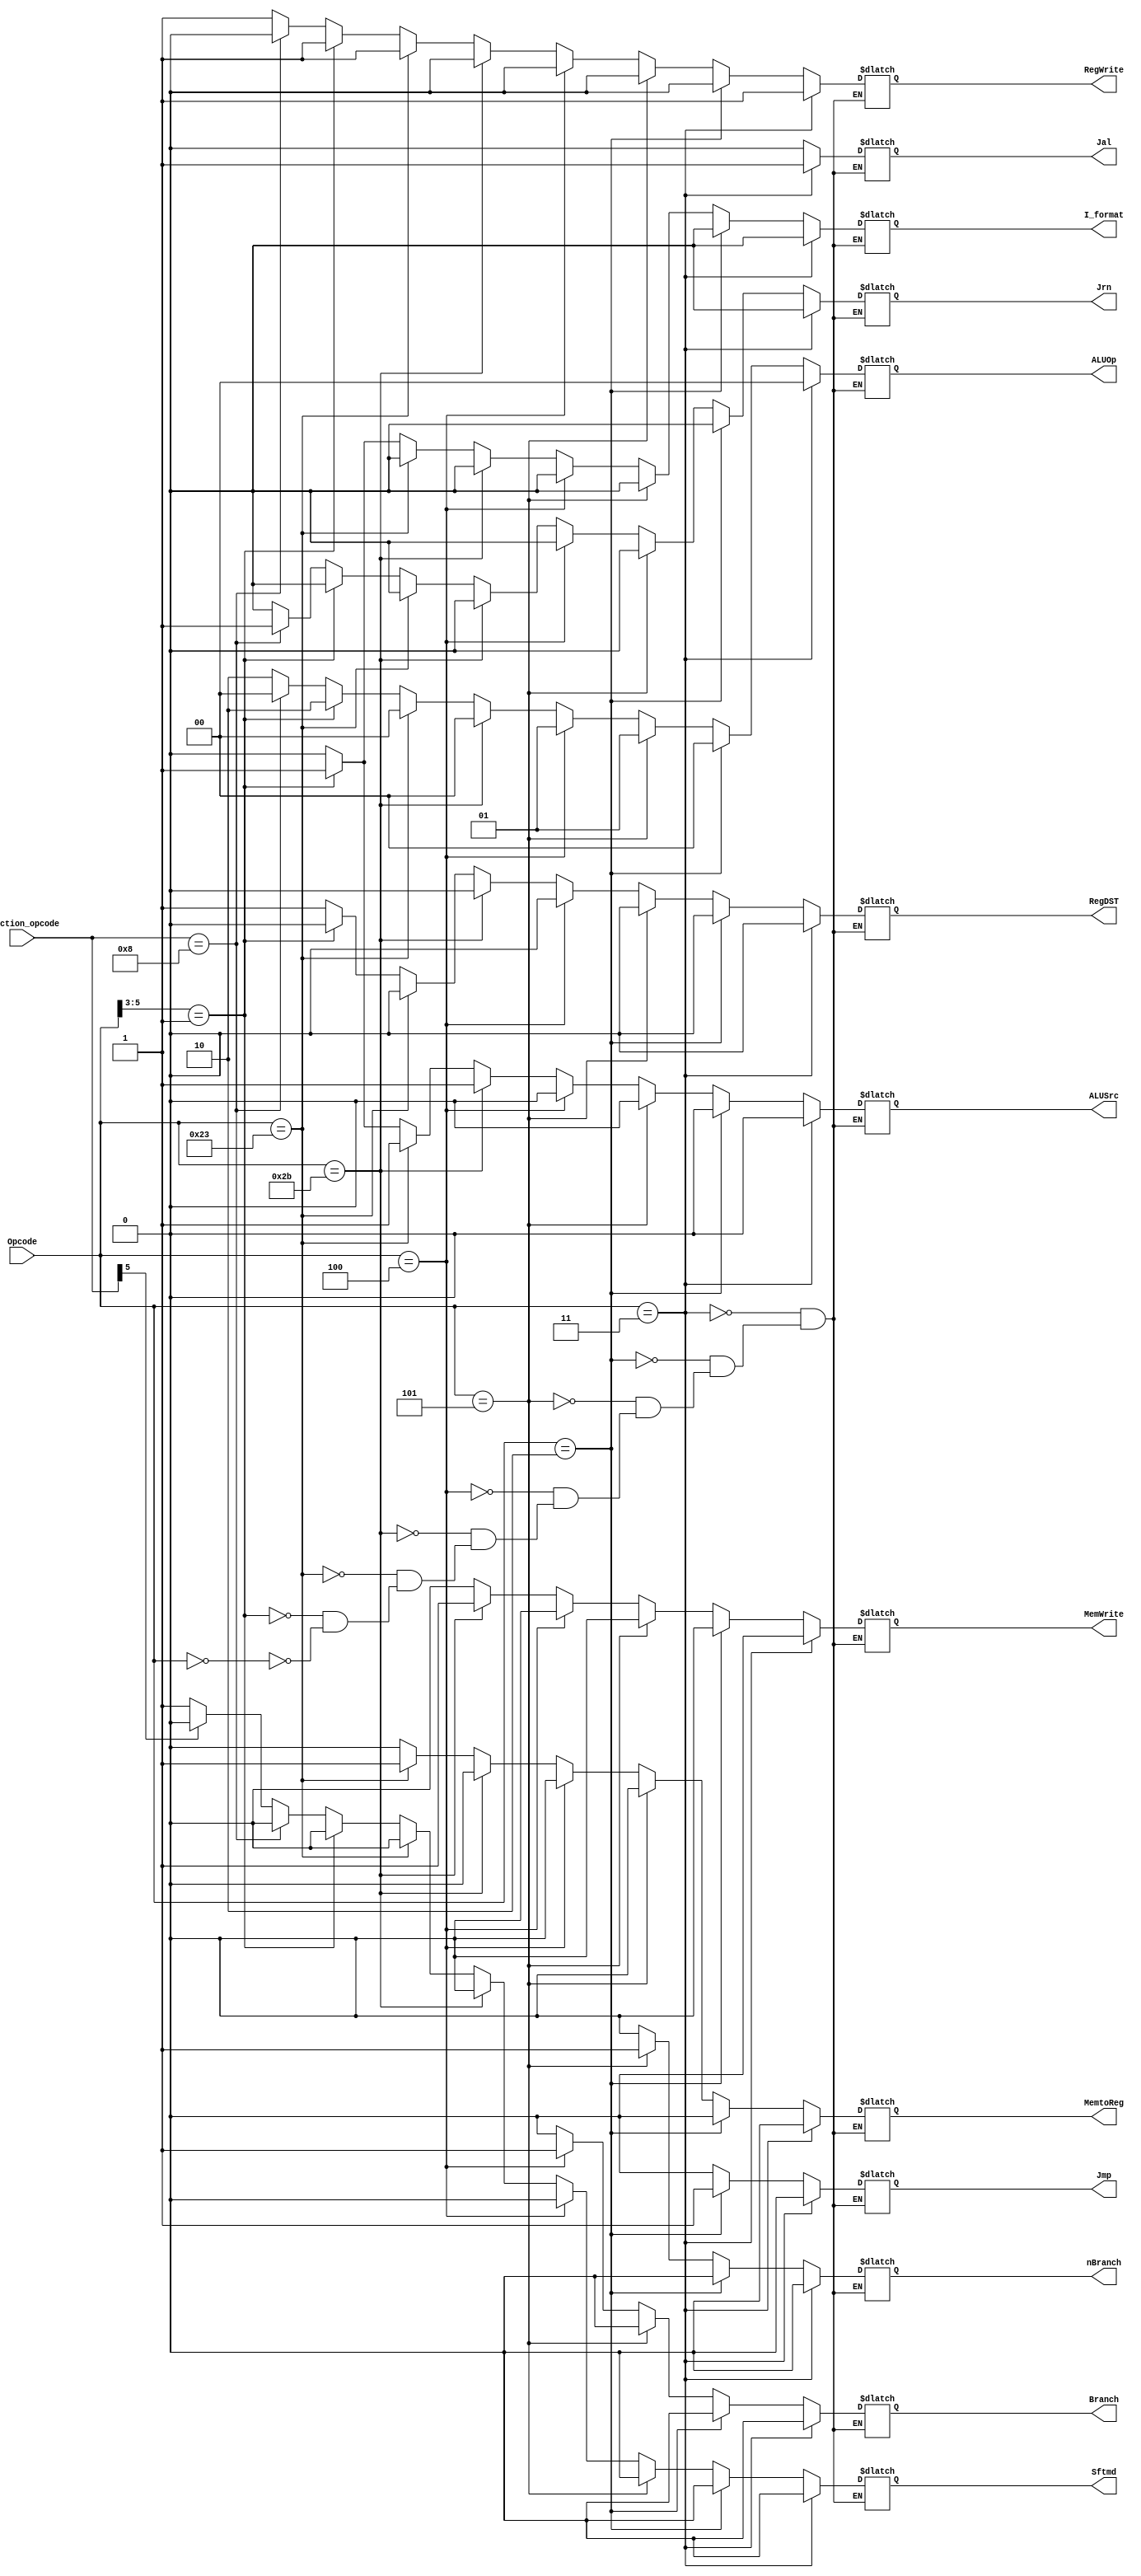
`timescale 1ns / 1ps
//////////////////////////////////////////////////////////////////////////////////
// Company: 
// Engineer: 
// 
// Design Name: 
// Module Name: control32
// Project Name: 
// Target Devices: 
// Tool Versions: 
// Description: 
// 
// Dependencies: 
// 
// Revision:
// Revision 0.01 - File Created
// Additional Comments:
// 
//////////////////////////////////////////////////////////////////////////////////


module control32(
    Opcode,
    Function_opcode,
    Jrn,
    RegDST,
    ALUSrc,
    MemtoReg,
    RegWrite,
    MemWrite,
    Branch,
    nBranch,
    Jmp,
    Jal,
    I_format,
    Sftmd,
    ALUOp
   // clock
    );
    input[5:0] Opcode;
    input[5:0] Function_opcode;
   // input clock;
    output Jrn;
    output RegDST;
    output MemtoReg;
    output ALUSrc;
    output RegWrite;
    output MemWrite;
    output Branch;
    output nBranch;
    output Jmp;
    output Jal;
    output I_format;
    output Sftmd;
    output[1:0] ALUOp;
    
        reg Jrn;
        reg RegDST;
        reg MemtoReg;
        reg ALUSrc;
        reg RegWrite;
        reg MemWrite;
        reg Branch;
        reg nBranch;
        reg Jmp;
        reg Jal;
        reg I_format;
        reg Sftmd;
        reg[1:0] ALUOp;
    
    wire R_format;
    wire Lw;
    wire Sw;
    
    always @(Opcode or Function_opcode)
    begin
    if(Opcode==6'b000000)
        begin
        if( Function_opcode==6'b001000)  //jr
            begin
            Jrn = 1;
            RegDST = 1;
            ALUSrc = 0;
            MemtoReg = 0;
            RegWrite = 0;
            MemWrite = 0;
            Branch = 0;
            nBranch = 0;
            Jmp = 0;
            Jal = 0;
            I_format = 0;
            Sftmd = 0;
            ALUOp[1:0] = 2'b00;
            end
         else   //R-
                    begin
                    Jrn = 0;
                    RegDST = 1;
                    ALUSrc = 0;
                    MemtoReg = 0;
                    RegWrite = 1;
                    MemWrite = 0;
                    Branch = 0;
                    nBranch = 0;
                    Jmp = 0;
                    Jal = 0;
                    I_format = 0;
                    if(Function_opcode[5]==0)
                    Sftmd = 1;
                    else Sftmd = 0;                    
                    ALUOp[1:0] = 2'b10;
                    end     
        end
        if(Opcode[5:3]==3'b001) //I
                    begin
                    Jrn = 0;
                    RegDST = 0;
                    ALUSrc = 1;
                    MemtoReg = 0;
                    RegWrite = 1;
                    MemWrite = 0;
                    Branch = 0;
                    nBranch = 0;
                    Jmp = 0;
                    Jal = 0;
                    I_format = 1;
                    Sftmd = 0;
                    ALUOp[1:0] = 2'b10;
                    end
         if(Opcode==6'b100011) //lw
                                        begin
                                        Jrn = 0;
                                        RegDST = 0;
                                        ALUSrc = 1;
                                        MemtoReg = 1;
                                        RegWrite = 1;
                                        MemWrite = 0;
                                        Branch = 0;
                                        nBranch = 0;
                                        Jmp = 0;
                                        Jal = 0;
                                        I_format = 0;
                                        Sftmd = 0;
                                        ALUOp[1:0] = 2'b00;
                                        end
        if(Opcode==6'b101011) //sw
                                                                                begin
                                                                                Jrn = 0;
                                                                                RegDST = 0;
                                                                                ALUSrc = 1;
                                                                                MemtoReg = 0;
                                                                                RegWrite = 0;
                                                                                MemWrite = 1;
                                                                                Branch = 0;
                                                                                nBranch = 0;
                                                                                Jmp = 0;
                                                                                Jal = 0;
                                                                                I_format = 0;
                                                                                Sftmd = 0;
                                                                                ALUOp[1:0] = 2'b00;
                                                                                end  
         if(Opcode==6'b000100) //beq
                            begin
                            Jrn = 0;
                            RegDST = 0;
                            ALUSrc = 0;
                            MemtoReg = 0;
                            RegWrite = 0;
                            MemWrite = 0;
                            Branch = 1;
                            nBranch = 0;
                            Jmp = 0;
                            Jal = 0;
                            I_format = 0;
                            Sftmd = 0;
                            ALUOp[1:0] = 2'b01;
                            end  
        if(Opcode==6'b000101) //bne
                                                       begin
                                                       Jrn = 0;
                                                       RegDST = 0;
                                                       ALUSrc = 0;
                                                       MemtoReg = 0;
                                                       RegWrite = 0;
                                                       MemWrite = 0;
                                                       Branch = 0;
                                                       nBranch = 1;
                                                       Jmp = 0;
                                                       Jal = 0;
                                                       I_format = 0;
                                                       Sftmd = 0;
                                                       ALUOp[1:0] = 2'b01;
                                                       end   
        if(Opcode==6'b000010) //j
                                                                                   begin
                                                                                   Jrn = 0;
                                                                                   RegDST = 0;
                                                                                   ALUSrc = 0;
                                                                                   MemtoReg = 0;
                                                                                   RegWrite = 0;
                                                                                   MemWrite = 0;
                                                                                   Branch = 0;
                                                                                   nBranch = 0;
                                                                                   Jmp = 1;
                                                                                   Jal = 0;
                                                                                   I_format = 0;
                                                                                   Sftmd = 0;
                                                                                   ALUOp[1:0] = 2'b00;
                                                                                   end       
    if(Opcode==6'b000011) //jal
                            begin
                            Jrn = 0;
                            RegDST = 0;
                            ALUSrc = 0;
                            MemtoReg = 0;
                            RegWrite = 1;
                            MemWrite = 0;
                            Branch = 0;
                            nBranch = 0;
                            Jmp = 0;
                            Jal = 1;
                            I_format = 0;
                            Sftmd = 0;
                            ALUOp[1:0] = 2'b00;
                            end                                                                                                                                                                                                                                                                                                                                                                                                
     end
endmodule